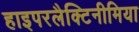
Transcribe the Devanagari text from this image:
हाइपरलैक्टिनीमिया